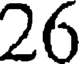
26